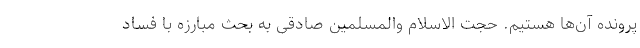
پرونده آن‌ها هستیم. حجت الاسلام والمسلمین صادقی به بحث مبارزه با فساد